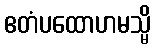
ဧတံပထောဟမသ္မိ